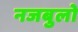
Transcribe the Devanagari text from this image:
नजबुलो